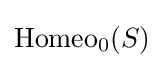
\operatorname {Homeo} _{0}(S)